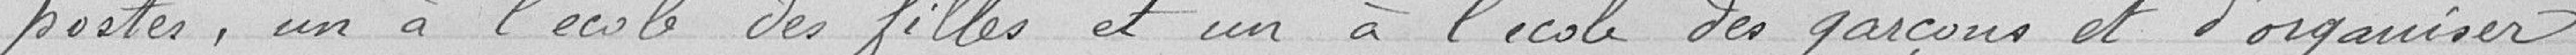
postes, un à l'école des filles et un à l'école des garçons et d'organiser